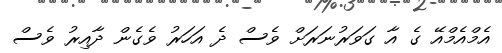
އެމްއެމްއޭ ގެ އާ ގަވަރުނަރަށް ވެސް ދެ އަހަރު ވެގެން ދާއިރު ވެސް